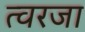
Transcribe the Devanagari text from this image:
त्वरजा